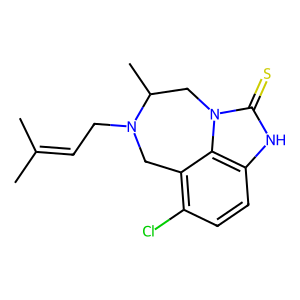
SMILES: CC(C)=CCN1Cc2c(Cl)ccc3[nH]c(=S)n(c23)CC1C
Inhibits HIV replication: Yes